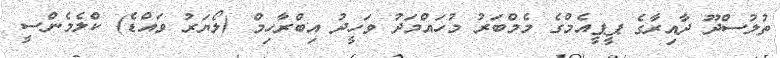
ތުލުސްދޫ ދާއިރާގެ ޕީޕީއެމްގެ މެމްބަރު މުހައްމަދު ވަހީދު އިބްރާހިމް (ލޯޔަރު ވައްޑެ) ކްލެމެންސީ